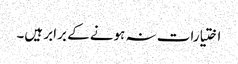
اختیارات نہ ہونے کے برابر ہیں۔